Vaccination in Bombay 1869-1873 - 1869-1873
Year: 1869
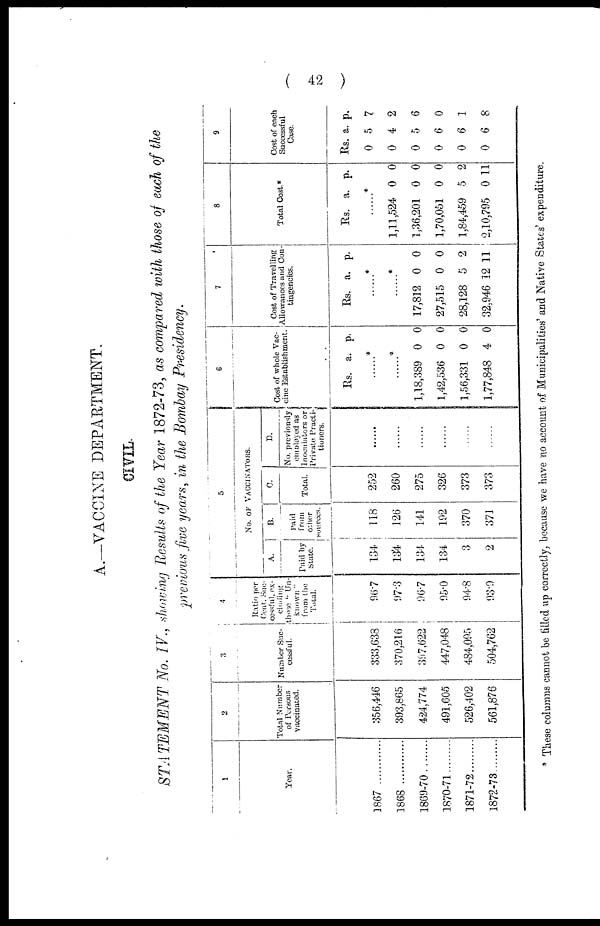
( 42 )
A.—VACCINE DEPARTMENT.
CIVIL.
STATEMENT No. IV., showing Results of the Year 1872-73, as compared with those of each of the
previous five years, in the Bombay Presidency.
1
Year.
1867 ............
1868 ............
1869-70......
1870-71......
1871-72
1872-73.........
2
Total Number
of Persons
vaccinated.
356,446
393,865
424,774
491,605
526,402
561,876
3
Number Suc-
cessful.
333,638
370,216
397,622
447,048
484,095
504,762
4
Ratio per
Cent. Suc-
cessful, ex¬
cluding
those " Un-
known "
from the
Total.
96.7
97.3
96.7
95.0
94.8
93.9
5
No. OF VACCINATORS.
A.
Paid by
State.
134
134
134
134
3
2
B.
Paid
from
other
sources.
118
126
141
192
370
371
C.
Total.
252
260
275
326
373
373
D.
No. previously
employed as
Inoculators or
Private Practi-
tioners.
......
......
......
......
......
......
6
Cost of whole Vac-
cine Establishment.
Rs. a. p.
......*
......*
1,18,389
1,42,536
1,56,331
1,77,848
0
0
0
4
0
0
0
0
7
Cost of Travelling
Allowances and Con-
tingencies.
Rs. a. p.
......*
......*
17,812
27,515
28,128
32,946
0
0
5
12
0
0
2
11
8
Total Cost.*
Rs.
a.
p.
......*
1,11,524
1,36,201
1,70,051
1,84,459
2,10,795
0
0
0
5
0
0
0
0
2
11
9
Cost of each
Successful
Case.
Rs.
0
0
0
0
0
0
a.
5
4
5
6
6
6
p.
7
2
6
0
1
8
* These columns cannot be filled up correctly, because we have no account of Municipalities and Native States' expenditure.